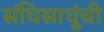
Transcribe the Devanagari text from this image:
संधिसाधूंची